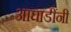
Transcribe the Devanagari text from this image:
आघाडींनी